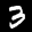
Label: 3